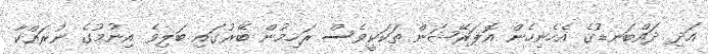
އަދި ދައްބަނޑުގެ އެހެނިހެން އޮޕަރޭޝަން ތަކަކީވެސް ރަހިމުން ބޭރުގައި ބަލިވެ އިނުމުގެ ނުރައްކާ